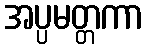
အပ္ပမတ္တကာ